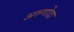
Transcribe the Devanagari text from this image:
अरुणोदा